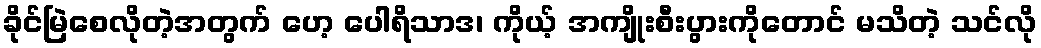
ခိုင်မြဲစေလိုတဲ့အတွက် ဟေ့ ပေါရိသာဒ၊ ကိုယ့် အကျိုးစီးပွားကိုတောင် မသိတဲ့ သင်လို